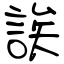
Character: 誒